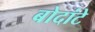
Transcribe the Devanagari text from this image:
बोदांटे